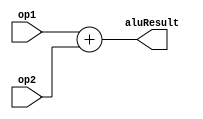
module ADDER(
	input [31:0]op1,//viene del sumador+4
	input [31:0]op2,//viene del shift left
	output reg [31:0]aluResult
);

always @*
begin
	aluResult = op1+op2;
end

endmodule